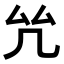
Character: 𠫞